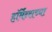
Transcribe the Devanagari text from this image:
हॉर्मेन्सच्या